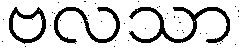
ဗလသာ